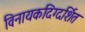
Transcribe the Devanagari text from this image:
विनायकदिग्दर्शित